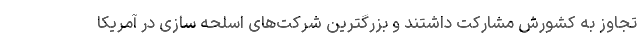
تجاوز به کشورش مشارکت داشتند و بزرگترین شرکت‌های اسلحه سازی در آمریکا